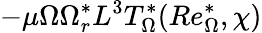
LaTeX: -\mu\Omega\Omega_{r}^{*}L^{3}T_{\Omega}^{*}(Re_{\Omega}^{*},\chi)